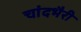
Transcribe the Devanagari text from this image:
चांदभैरी